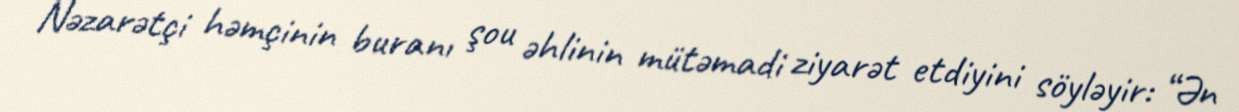
Nəzarətçi həmçinin buranı şou əhlinin mütəmadi ziyarət etdiyini söyləyir: “Ən